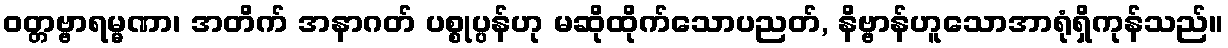
ဝတ္တဗ္ဗာရမ္မဏာ၊ အတိက် အနာဂတ် ပစ္စုပ္ပန်ဟု မဆိုထိုက်သောပညတ်, နိဗ္ဗာန်ဟူသောအာရုံရှိကုန်သည်။